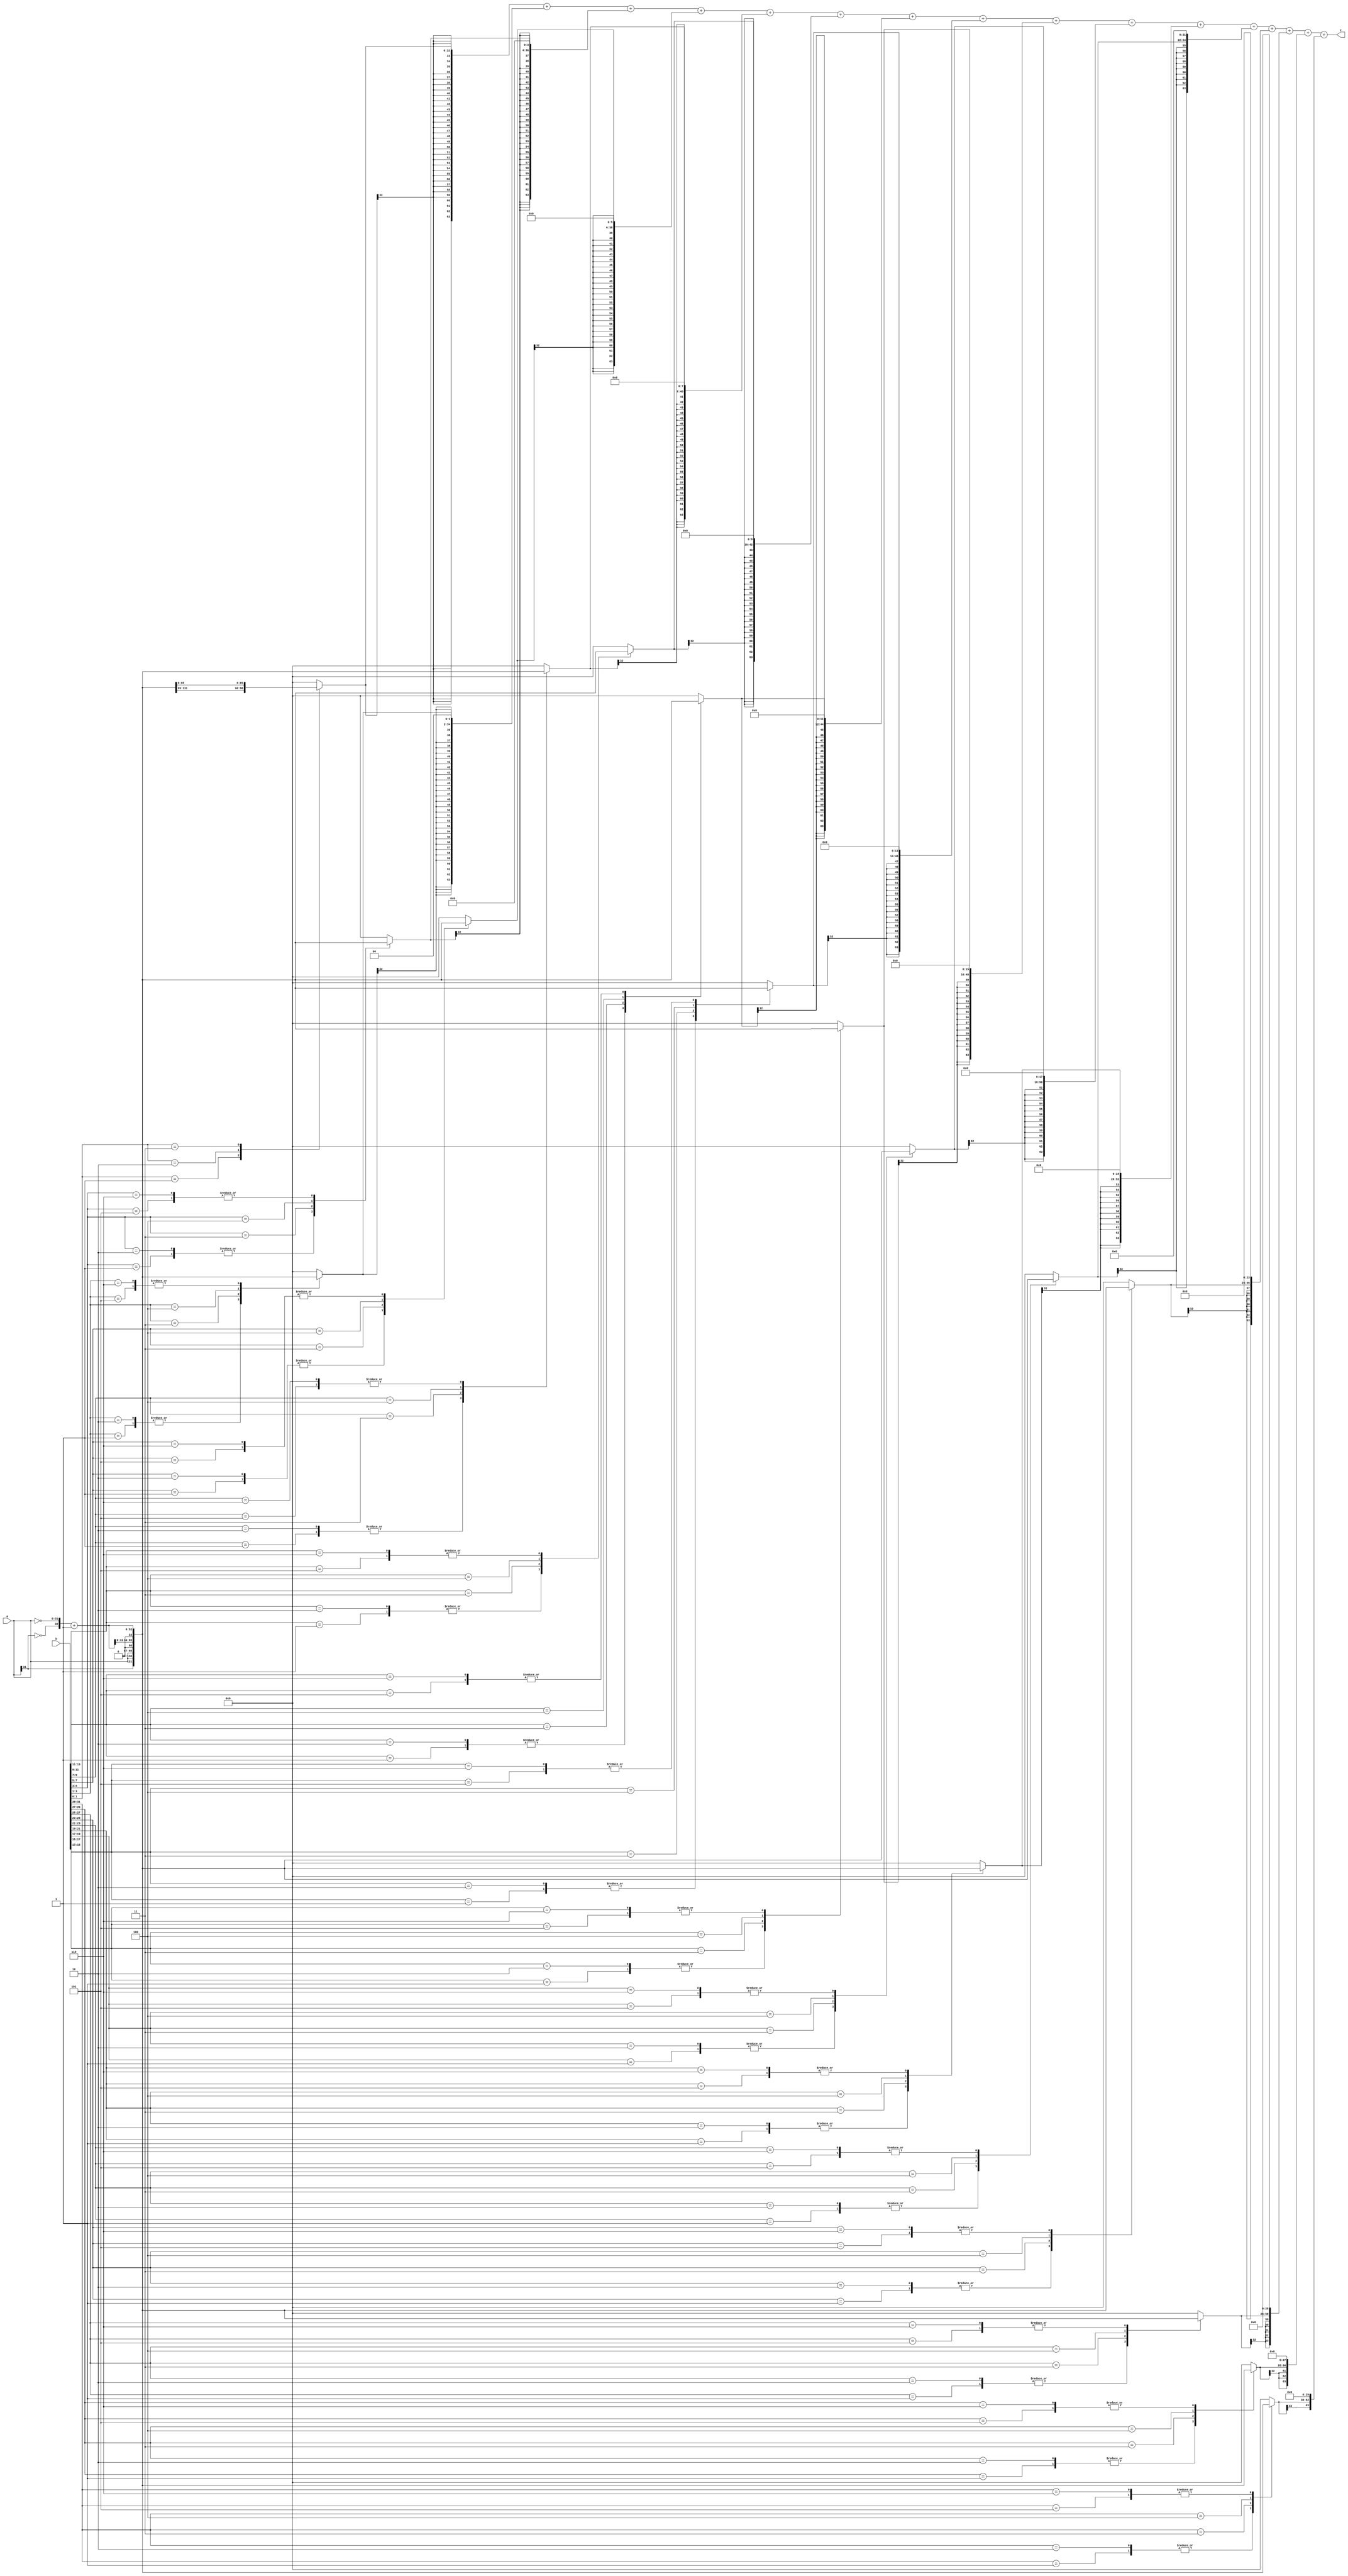
module mul_32_b(input signed [31:0] a, b, output[32*2-1:0] z);

	reg [2:0] temp1[(32 / 2) - 1:0];
	reg [32:0] temp2[(32 / 2) - 1:0];
	reg[32*2-1:0] final[(32/2) - 1:0];
	reg [32*2-1:0] product;
	
	wire[32:0] ia;
	assign ia = {~a[31], ~a} +1;
	
	integer i, j;
	
	always @ (a or b or ia) 
	begin
	
		temp1[0] = {b[1], b[0], 1'b0};
		
		for (j=1; j < (32/2); j = j+1)
			temp1[j] = {b[2*j+1], b[2*j], b[2*j-1]};
			
		for (j=0; j < (32/2); j = j+1) 
		begin	
			case(temp1[j])
				3'b001 : temp2[j] = {a[32-1], a}; 
				3'b010 : temp2[j] = {a[32-1], a};
				3'b011 : temp2[j] = {a, 1'b0};
				3'b100 : temp2[j] = {ia[32-1:0], 1'b0};
				3'b101 : temp2[j] = ia; 
				3'b110 : temp2[j] = ia;
				default : temp2[j] = 0;
			endcase
			final[j] = $signed(temp2[j]);
			
			for (i=0 ; i<j ; i = i + 1)
				final[j] = {final[j], 2'b00};
		end
	
		product = final[0];
	
		for (j=1; j < (32/2); j = j+1)
			product = product + final[j];
	end
	assign z = product;
	
endmodule